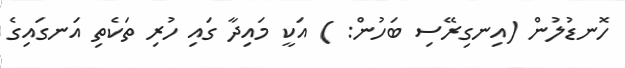
ހޮނޑުލުން (އިނގިރޭސި ބަހުން: ) އަކީ މައިދާ ގައި ހުރި ތަކެތި އަނގައިގެ